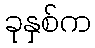
ခုနှစ်က